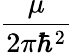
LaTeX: \frac{\mu}{2\pi\hbar^{2}}